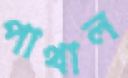
পাথাল